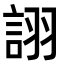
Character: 詡